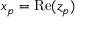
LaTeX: x _ { p } = \operatorname { R e } ( z _ { p } )